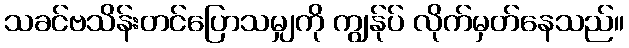
သခင်ဗသိန်းတင်ပြောသမျှကို ကျွန်ုပ် လိုက်မှတ်နေသည်။